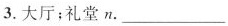
3.大厅；礼堂n.___